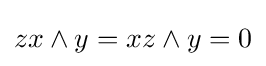
zx\wedge y=xz\wedge y=0